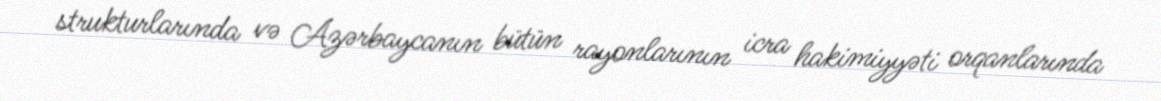
strukturlarında və Azərbaycanın bütün rayonlarının icra hakimiyyəti orqanlarında